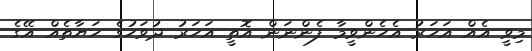
މިވީ އެއް އަހަރު އެހެންވީމާ ފެންނަން އޮތީ އަހަރު ދުވަހުގެ ހަޔާތެއް އޭގެ